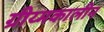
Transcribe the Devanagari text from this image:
ग्रीय्मकालीन